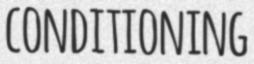
CONDITIONING